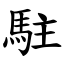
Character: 駐